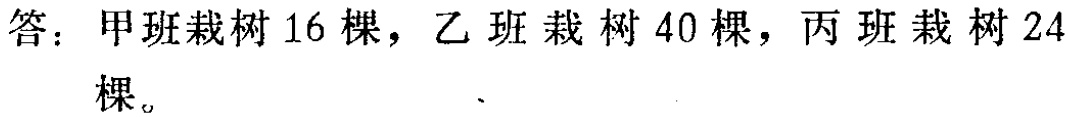
答：甲班栽树 16 棵，乙班栽树 40 棵，丙班栽树 24 棵。